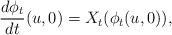
LaTeX: \begin{align*}\frac{d\phi_t}{dt}(u,0)=X_t(\phi_t(u,0)),\end{align*}